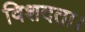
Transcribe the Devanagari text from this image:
विशदता।